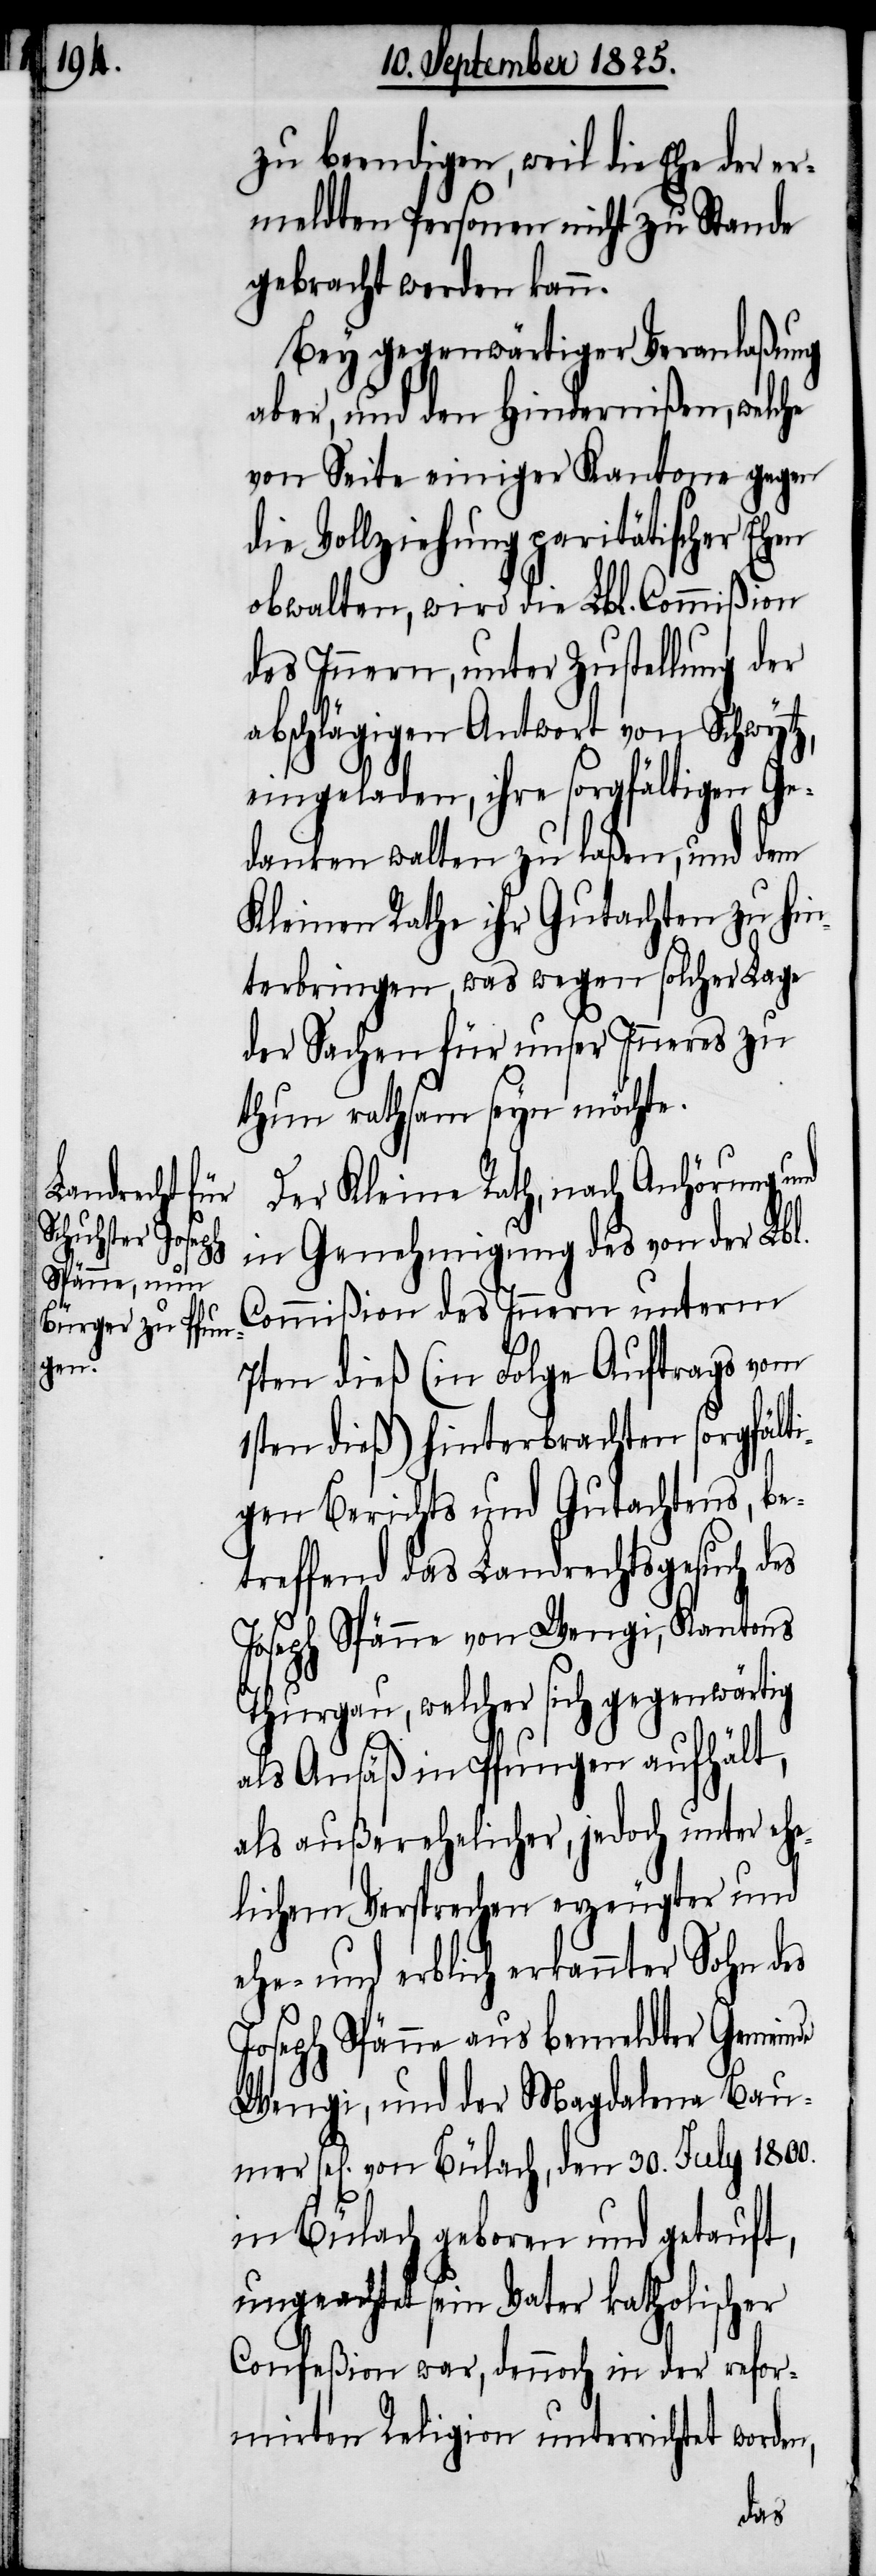
zu beendigen, weil die Ehe der er¬
meldten Personen nicht zu Stande
gebracht werden kann.
Bey gegenwärtiger Veranlaßung
aber, und den Hindernißen, welche
von Seite einiger Kantone gegen
die Vollziehung paritätischer Ehen
obwalten, wird die Lbl. Commißion
des Innern, unter Zustellung der
abschlägigen Antwort von Schwytz,
eingeladen, ihre sorgfältigen Ge¬
danken walten zu laßen, und dem
Kleinen Rathe ihr Gutachten zu hin¬
terbringen, was wegen solcher Lage
der Sachen für unser Inneres zu
thun rathsam seyn möchte.
Der Kleine Rath, nach Anhörung und
in Genehmigung des von der Lbl.
Commißion des Innern unterm
7ten dieß (in Folge Auftrags vom
1sten dieß) hinterbrachten sorgfälti¬
gen Berichts und Gutachtens, be¬
treffend das Landrechtsgesuch des
Joseph Spänne von Wengi, Kantons
Thurgau, welcher sich gegenwärtig
als Ansäß in Pfungen aufhält,
als außerehelicher, jedoch unter ehe¬
lichem Versprechen erzeugter und
ehe- und erblich erkannter Sohn des
Joseph Spänne aus bemeldter Gemeinde
Wengi, und der Magdalena Bau¬
sel[igen] von Bülach, den 30. July 1800.
in Bülach geboren und getauft,
ungeachtet sein Vater katholischer
Confeßion war, dennoch in der refor¬
mirten Religion unterrichtet worden,
mer